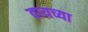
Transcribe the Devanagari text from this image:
वायच्या